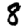
Digit: 8